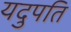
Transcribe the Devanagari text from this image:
यदुपति